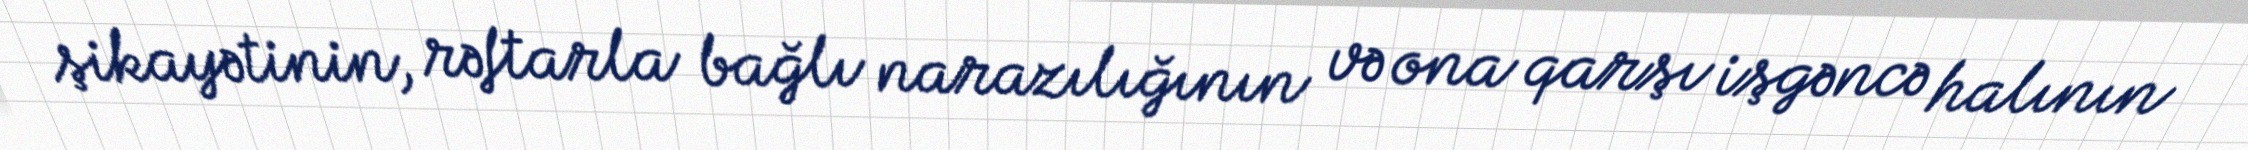
şikayətinin, rəftarla bağlı narazılığının və ona qarşı işgəncə halının